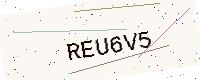
Text: REU6V5